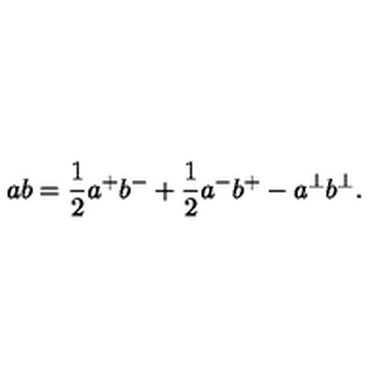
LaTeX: a b = \frac { 1 } { 2 } a ^ { + } b ^ { - } + \frac { 1 } { 2 } a ^ { - } b ^ { + } - a ^ { \perp } b ^ { \perp } .